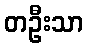
တဦးသာ